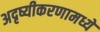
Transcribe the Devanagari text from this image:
अदृष्यीकरणामध्ये